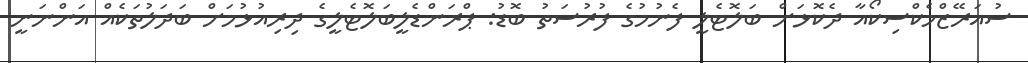
ސުއަރޭޒްމެކްސިކޯއާ ދެކޮޅަށް ބަލޮޓެލީ ފެނުމުގެ ފުރުސަތު ބޮޑު: ޕްރަންޑެލީބަލޮޓެލީގެ ދިރިއުޅުމަށް ބަދަލުތަކެއް އަންނަނީ